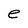
Character: e